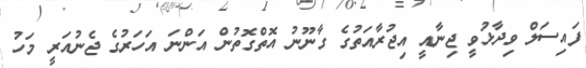
ފައިސަލް ވިދާޅުވީ ޖިނާއީ އިޖުރާއަތުގެ ގާނޫނު އޮތްގޮތުން އަންނަ އަހަރުގެ ޖެނުއަރީ މަހު